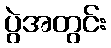
ပွဲအတွင်း